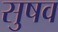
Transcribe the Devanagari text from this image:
सुषव